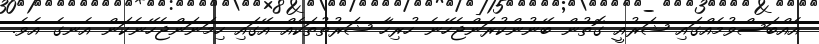
އެއްބަސްވުމެއްގައި ޝަރުއީ ގޮތުން ބޭނުންކުރަންޖެހޭނެ ހުރިހާ ޝަރުތުތަކެއް އޭގައި ހިމަނަންޖެހޭނެކަން އެނގެ އެވެ.